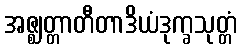
အဇ္ဈတ္တာတီတာဒိယံဒုက္ခသုတ္တံ